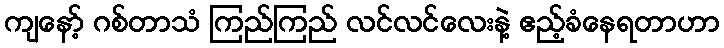
ကျနော့် ဂစ်တာသံ ကြည်ကြည် လင်လင်လေးနဲ့ ဧည့်ခံနေရတာဟာ